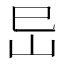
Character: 𡵒